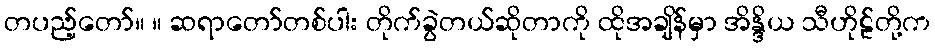
တပည့်တော်။ ။ ဆရာတော်တစ်ပါး တိုက်ခွဲတယ်ဆိုတာကို ထိုအချိန်မှာ အိန္ဒိယ သီဟိုဠ်တို့က